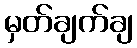
မှတ်ချက်ချ